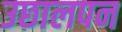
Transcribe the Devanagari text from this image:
उछालपन